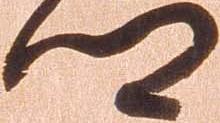
卿